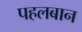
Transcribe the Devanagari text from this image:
पहलबान